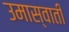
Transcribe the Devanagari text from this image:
उमास्वाती